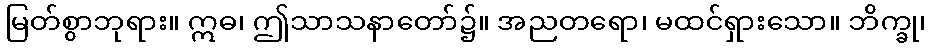
မြတ်စွာဘုရား။ ဣဓ၊ ဤသာသနာတော်၌။ အညတရော၊ မထင်ရှားသော။ ဘိက္ခု၊